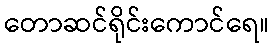
တောဆင်ရိုင်းကောင်ရေ။